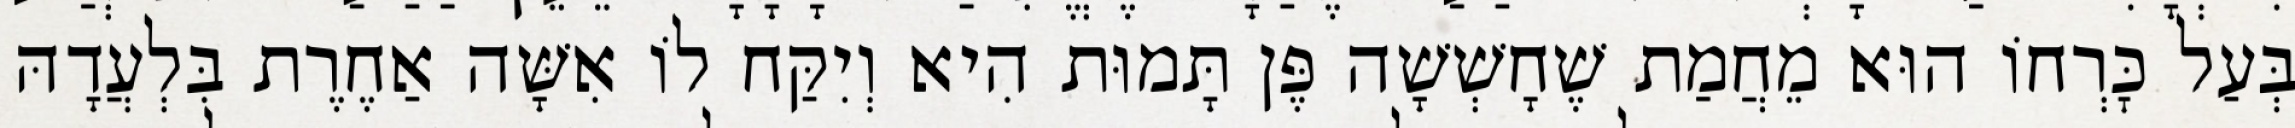
בְּעַל כׇּרְחוֹ הוּא מֵחֲמַת שֶׁחָשְׁשָׁה פֶּן תָּמוּת הִיא וְיִקַּח לוֹ אִשָּׁה אַחֶרֶת בִּלְעֲדָהּ